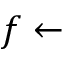
f \gets